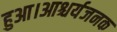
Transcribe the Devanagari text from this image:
हुआ।आश्चर्यजनक